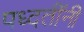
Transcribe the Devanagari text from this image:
पध्दतींनी